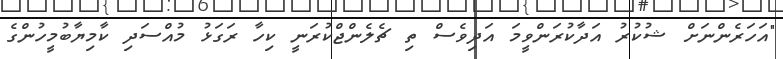
"އަހަރެންނަށް ޝުކުރު އަދާކުރަންވީމަ އަދިވެސް ތި ޗެލެންޖްކުރަނީ ކިހާ ރަގަޅު މުއްސަދި ކާމިޔާބުމީހުންގެ